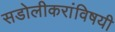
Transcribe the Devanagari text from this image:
सडोलीकरांविषयी